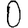
Digit: 0